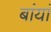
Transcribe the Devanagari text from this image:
बांयां